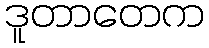
ဒူတာတေက